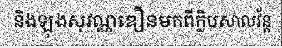
និងឡុងសុវណ្ណឌឿនមកពីក្លិបសាលវ័ន្ត